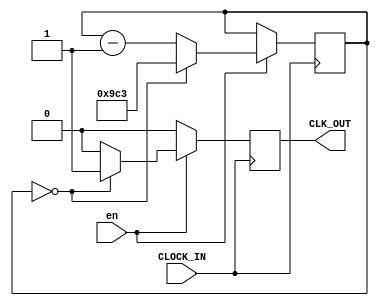
module tick_2500(CLOCK_IN, en, CLK_OUT);

	parameter NBIT = 12;
	
	input CLOCK_IN, en;
	output CLK_OUT;
	
	reg [NBIT-1:0] count;
	
	reg CLK_OUT;
	
	initial 
		begin
			count = 12'd2499;
			CLK_OUT = 1'b0;
		end
	
	always @ (posedge CLOCK_IN)
		if(en == 1'b1)
			begin
				if(count == 1'b0)
					begin
						CLK_OUT <= 1'b1;
						count <= 12'd2499;
					end
				else
					begin
						count <= count - 1'b1;
						CLK_OUT <= 1'b0;
					end
			end
		else 
			CLK_OUT <= 1'b0;

endmodule